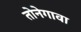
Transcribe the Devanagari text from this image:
तोनेगावा